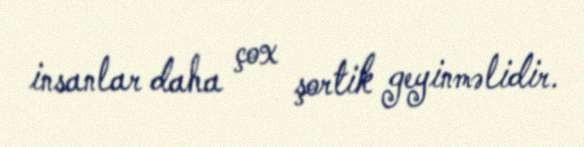
insanlar daha çox şortik geyinməlidir.